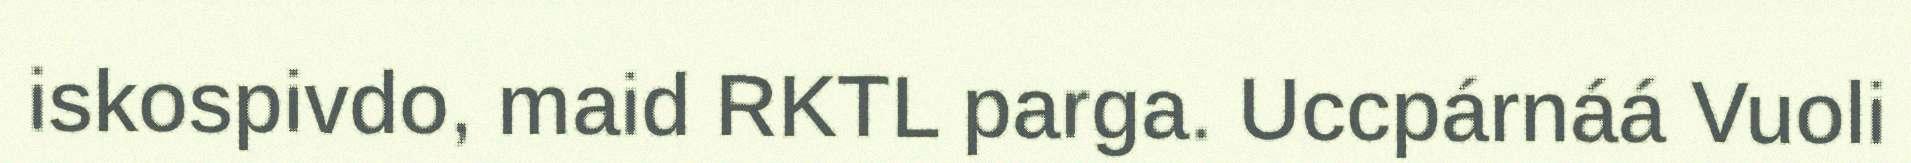
iskospivdo, maid RKTL parga. Uccpárnáá Vuoli